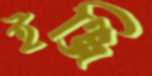
ইঞ্জি